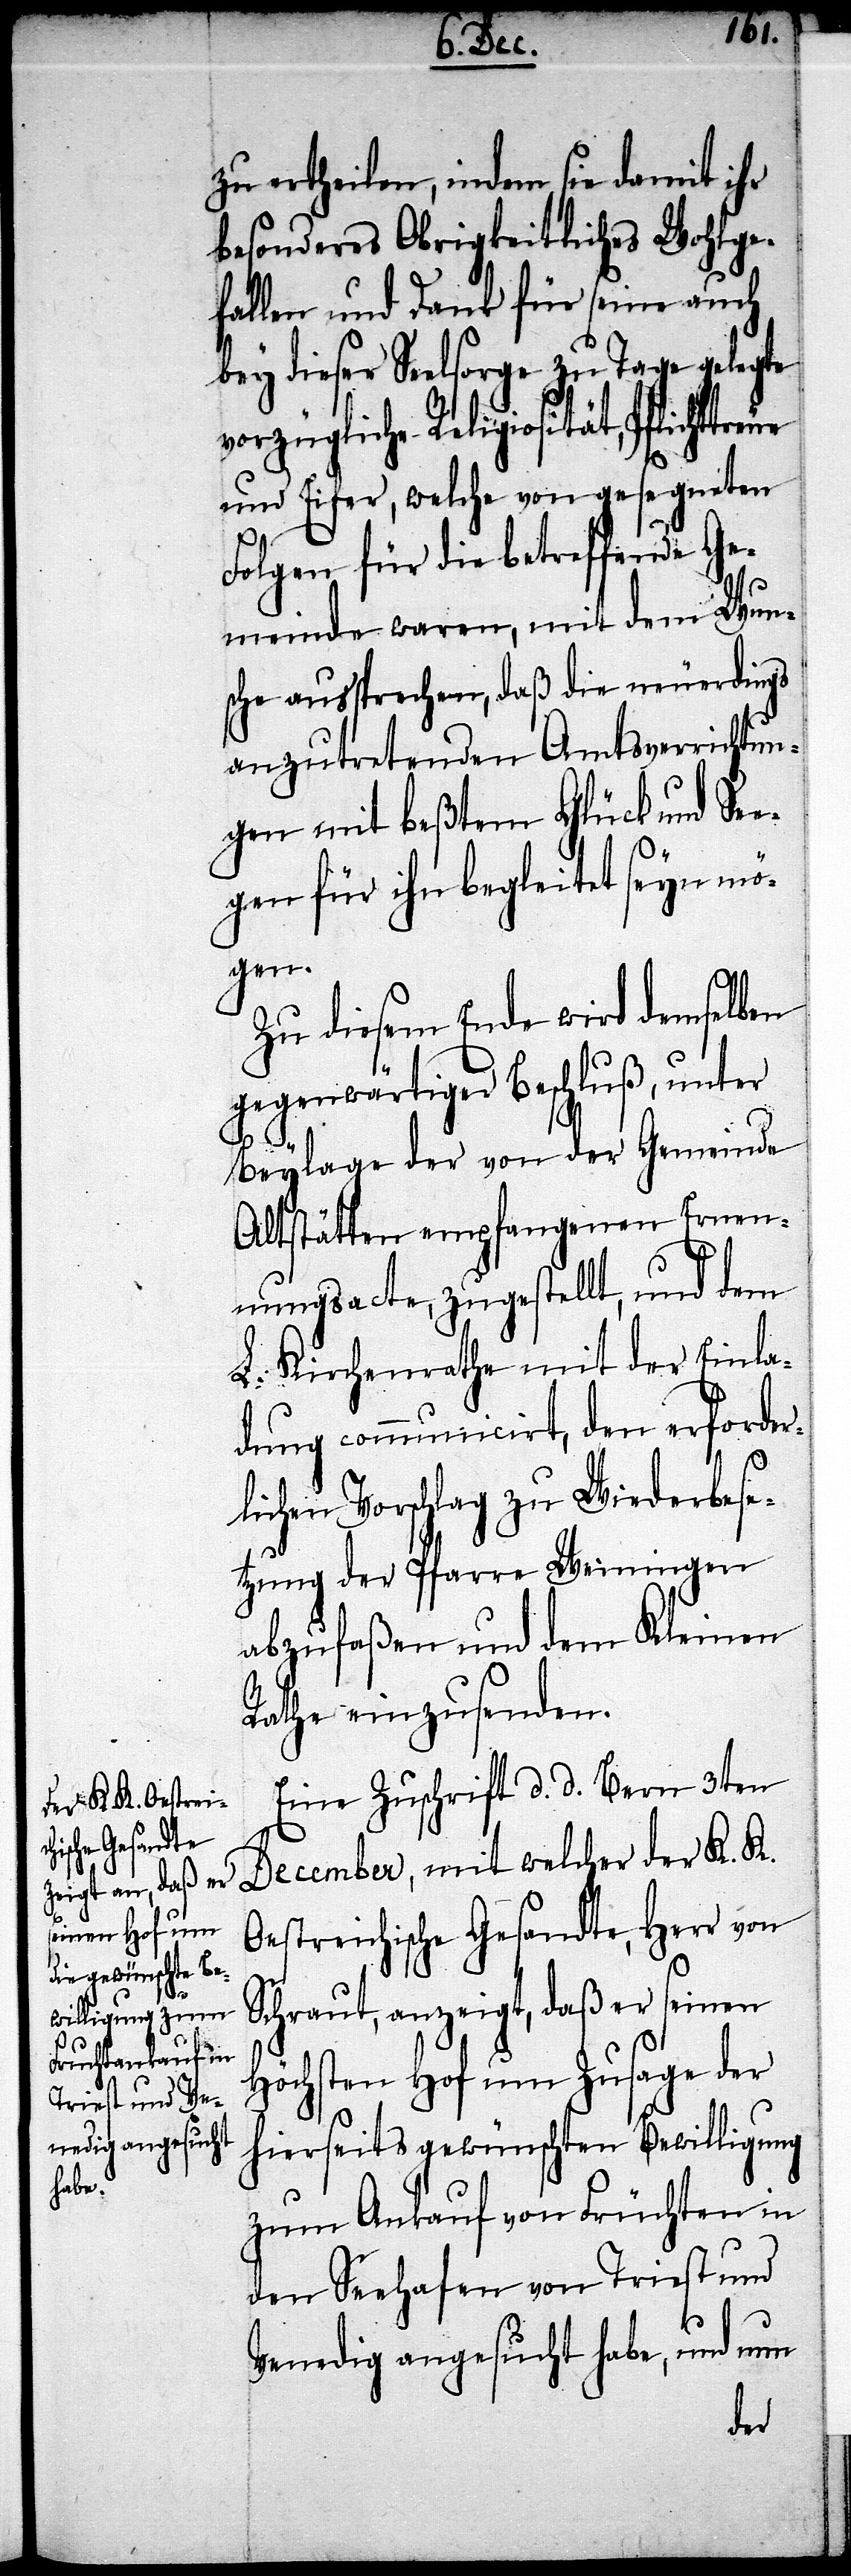
eue

zu ertheilen, indem sie damit ihr
besonderes Obrigkeitliches Wohlge¬
fallen und Dank für seine auch
bey dieser Seelsorge zu Tage gelegte
vorzügliche Religiosität, Pflichttr¬
und Eifer, welche von gesegneten
Folgen, für die betreffende Ge¬
meinde waren, mit dem Wun¬
sche aussprechen, daß die neuerdings
anzutretenden Amtsverrichtun¬
gen mit beßtem Glück und Se¬
egen für ihn begleitet seyn mö¬
gen.
Zu diesem Ende wird demselben
gegenwärtiger Beschluß, unter
Beylage der von der Gemeinde
Altstätten empfangenen Ernen¬
nungsacte, zugestellt, und dem
L. Kirchenrathe mit der Einla¬
dung communicirt, den erforder¬
lichen Vorschlag zu Wiederbese¬
tzung der Pfarre Weiningen
abzufaßen und dem Kleinen
Rathe einzusenden.
Eine Zuschrift d. d. Bern 3ten
December, mit welcher der K. K.
Oestreichische Gesandte, Herr von
Schraut, anzeigt, daß er seinen
Höchsten Hof um Zusage der
hierseits gewünschten Bewilligung
zum Ankauf von Früchten in
den Seehafen von Triest und
Venedig angesucht habe, und nun